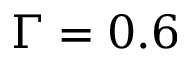
\Gamma = 0 . 6